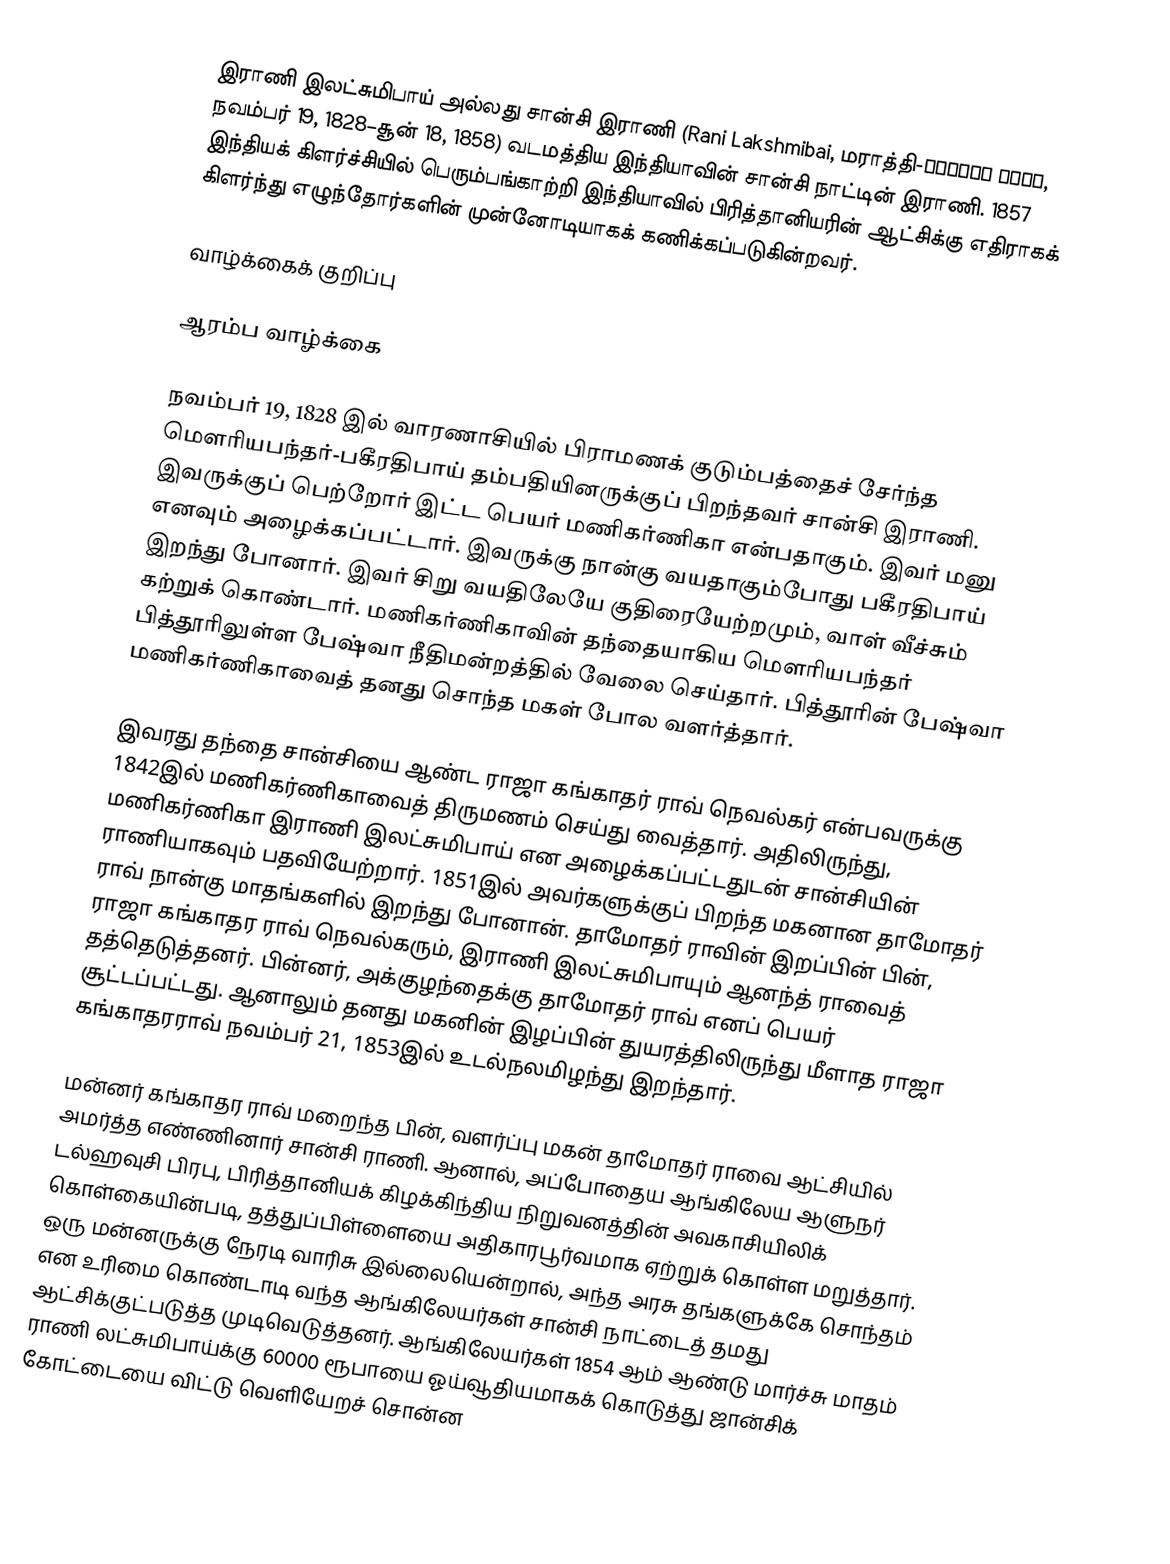
இராணி இலட்சுமிபாய் அல்லது சான்சி இராணி (Rani Lakshmibai, மராத்தி-झाशीची राणी, நவம்பர் 19, 1828–சூன் 18, 1858) வடமத்திய இந்தியாவின் சான்சி நாட்டின் இராணி. 1857 இந்தியக் கிளர்ச்சியில் பெரும்பங்காற்றி இந்தியாவில் பிரித்தானியரின் ஆட்சிக்கு எதிராகக் கிளர்ந்து எழுந்தோர்களின் முன்னோடியாகக் கணிக்கப்படுகின்றவர்.

வாழ்க்கைக் குறிப்பு

ஆரம்ப வாழ்க்கை

நவம்பர் 19, 1828 இல் வாரணாசியில் பிராமணக் குடும்பத்தைச் சேர்ந்த மௌரியபந்தர்-பகீரதிபாய் தம்பதியினருக்குப் பிறந்தவர் சான்சி இராணி. இவருக்குப் பெற்றோர் இட்ட பெயர் மணிகர்ணிகா என்பதாகும். இவர் மனு எனவும் அழைக்கப்பட்டார். இவருக்கு நான்கு வயதாகும்போது பகீரதிபாய் இறந்து போனார். இவர் சிறு வயதிலேயே குதிரையேற்றமும், வாள் வீச்சும் கற்றுக் கொண்டார். மணிகர்ணிகாவின் தந்தையாகிய மௌரியபந்தர் பித்தூரிலுள்ள பேஷ்வா நீதிமன்றத்தில் வேலை செய்தார். பித்தூரின் பேஷ்வா மணிகர்ணிகாவைத் தனது சொந்த மகள் போல வளர்த்தார்.

இவரது தந்தை சான்சியை ஆண்ட ராஜா கங்காதர் ராவ் நெவல்கர் என்பவருக்கு 1842இல் மணிகர்ணிகாவைத் திருமணம் செய்து வைத்தார். அதிலிருந்து, மணிகர்ணிகா இராணி இலட்சுமிபாய் என அழைக்கப்பட்டதுடன் சான்சியின் ராணியாகவும் பதவியேற்றார். 1851இல் அவர்களுக்குப் பிறந்த மகனான தாமோதர் ராவ் நான்கு மாதங்களில் இறந்து போனான். தாமோதர் ராவின் இறப்பின் பின், ராஜா கங்காதர ராவ் நெவல்கரும், இராணி இலட்சுமிபாயும் ஆனந்த் ராவைத் தத்தெடுத்தனர். பின்னர், அக்குழந்தைக்கு தாமோதர் ராவ் எனப் பெயர் சூட்டப்பட்டது. ஆனாலும் தனது மகனின் இழப்பின் துயரத்திலிருந்து மீளாத ராஜா கங்காதரராவ் நவம்பர் 21, 1853இல் உடல்நலமிழந்து இறந்தார்.

மன்னர் கங்காதர ராவ் மறைந்த பின், வளர்ப்பு மகன் தாமோதர் ராவை ஆட்சியில் அமர்த்த எண்ணினார் சான்சி ராணி. ஆனால், அப்போதைய ஆங்கிலேய ஆளுநர் டல்ஹவுசி பிரபு, பிரித்தானியக் கிழக்கிந்திய நிறுவனத்தின் அவகாசியிலிக் கொள்கையின்படி, தத்துப்பிள்ளையை அதிகாரபூர்வமாக ஏற்றுக் கொள்ள மறுத்தார். ஒரு மன்னருக்கு நேரடி வாரிசு இல்லையென்றால், அந்த அரசு தங்களுக்கே சொந்தம் என உரிமை கொண்டாடி வந்த ஆங்கிலேயர்கள் சான்சி நாட்டைத் தமது ஆட்சிக்குட்படுத்த முடிவெடுத்தனர். ஆங்கிலேயர்கள் 1854 ஆம் ஆண்டு மார்ச்சு மாதம் ராணி லட்சுமிபாய்க்கு 60000 ரூபாயை ஓய்வூதியமாகக் கொடுத்து ஜான்சிக் கோட்டையை விட்டு வெளியேறச் சொன்ன